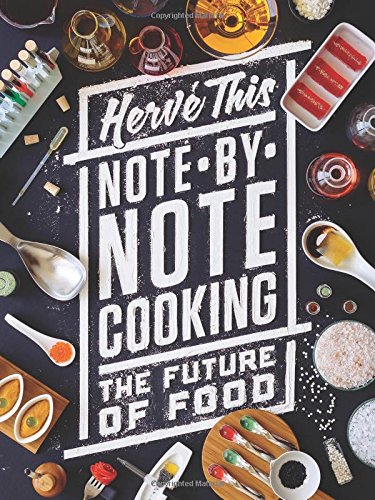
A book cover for Note-by-Note Cooking: The Future of Food (Arts and Traditions of the Table: Perspectives on Culinary History); HervÃ© This; Cookbooks, Food & Wine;